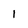
Character: l